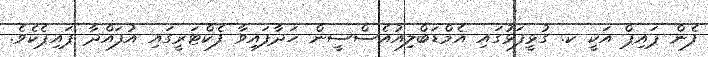
ފެން ޕައިޕް އަކީ ކ. ގުޅީފަޅުގައި އެމްޑަބްލިއުއެސްސީން ހަދާފައިވާ ފެކްޓަރީގައި އުފައްދާ ޕައިޕެކެވެ.